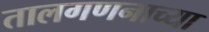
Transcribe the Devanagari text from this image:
तालगणनाच्या